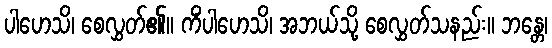
ပါဟေသိ၊ စေလွှတ်၏။ ကိံပါဟေသိ၊ အဘယ်သို့ စေလွှတ်သနည်း။ ဘန္တေ၊